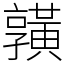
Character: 𪏆